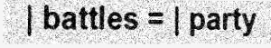
| battles = | party